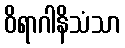
ဝိရာဂါနိသံသာ